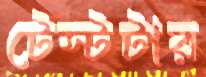
টেস্টটার